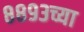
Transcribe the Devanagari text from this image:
८८९३च्या